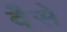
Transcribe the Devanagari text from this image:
वैेसे